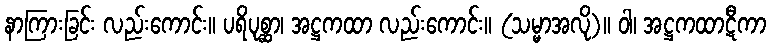
နာကြားခြင်း လည်းကောင်း။ ပရိပုစ္ဆာ၊ အဋ္ဌကထာ လည်းကောင်း။ (သမ္မာအလို)။ ဝါ၊ အဋ္ဌကထာဋီကာ